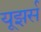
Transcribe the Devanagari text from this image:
यूझर्स